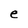
Character: e